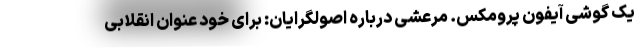
یک گوشی آیفون پرومکس. مرعشی درباره اصولگرایان: برای خود عنوان انقلابی